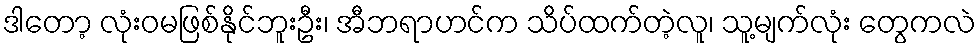
ဒါတော့ လုံးဝမဖြစ်နိုင်ဘူးဦး၊ အီဘရာဟင်က သိပ်ထက်တဲ့လူ၊ သူ့မျက်လုံး တွေကလဲ